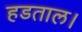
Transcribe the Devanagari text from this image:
हडताल।